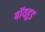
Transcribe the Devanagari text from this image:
बॉयहुड